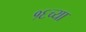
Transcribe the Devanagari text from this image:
१६च्या